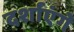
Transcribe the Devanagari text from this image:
दर्शाएंगे